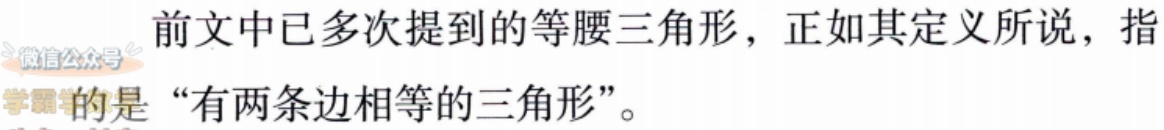
前文中已多次提到的等腰三角形，正如其定义所说，指的是“有两条边相等的三角形”。